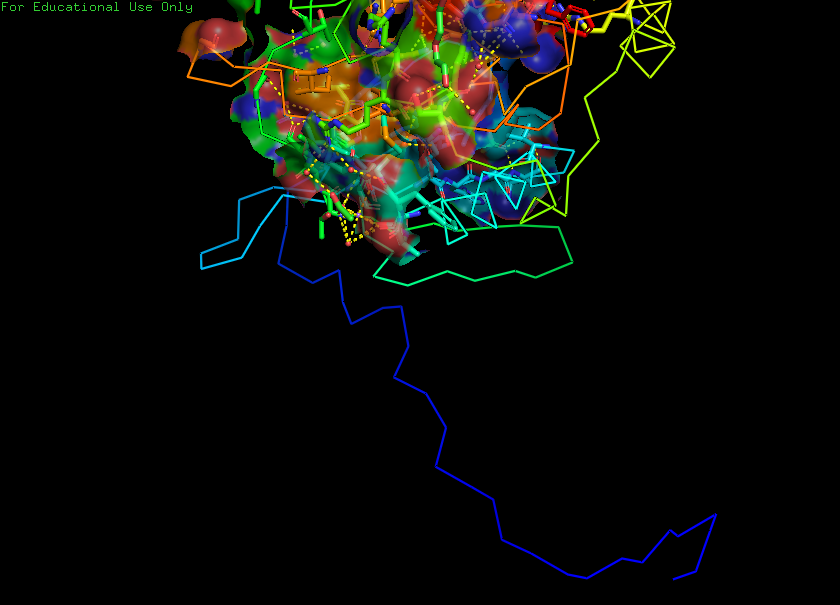
pymol, preset, ligand_sites_trans_hq